Annual administration and progress report of the Indian Medical Department, Bombay
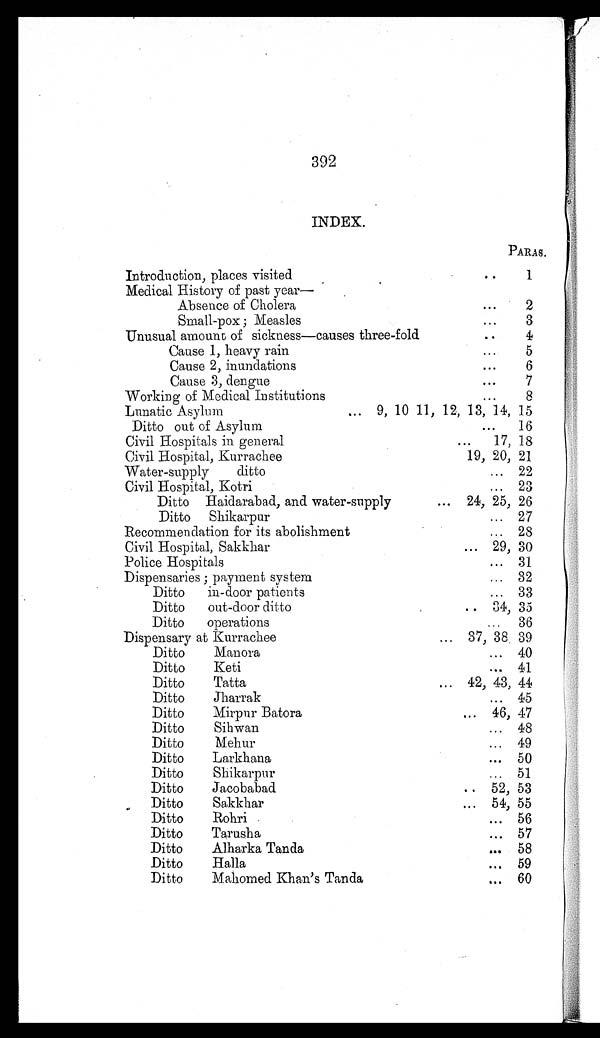
++392
INDEX.
PARAS.
Introduction, places visited . . .
1
Medical History of past year—
Absence of Cholera . . .
2
Small-pox ; Measles . . .
3
Unusual amount of sickness—causes three-fold . . .
4
Cause 1, heavy rain . . .
5
Cause 2, inundations . . .
6
Cause 3, dengue . . .
7
Working of Medical Institutions. . .
8
Lunatic Asylum . . .
9, 10, 11, 12, 13, 14, 15
Ditto out of Asylum . . .
16
Civil Hospitals in general . . .
17, 18
Civil Hospital, Kurrachee
19, 20, 21
Water-supply ditto . . .
22
Civil Hospital, Kotri . . .
23
Ditto Haidarabad, and water-supply . . .
24, 25, 26
Ditto Shikarpur . . .
27
Recommendation for its abolishment . . .
28
Civil Hospital, Sakkhar . . .
29, 30
Police Hospitals . . .
31
Dispensaries ; payment system . . .
32
Ditto in-door patients . . .
33
D i t t o
o u t - d o o r d i t t o . . .
34, 35
Ditto operations . . .
36
Dispensary at Kurrachee . . .
37, 38 . 39
Ditto Manora . . .
40
Ditto
Keti
.
.
.
41
Ditto Tatta . . .
42, 43, 44
Ditto
Jharrak.
.
.
45
Ditto Mirpur Batora . . .
46, 47
Ditto
Sihwan
.
.
.
48
Ditto
Mehur
.
.
.
49
Ditto Larkhana . . .
50
Ditto Shikarpur . . .
51
Ditto Jacobabad . . .
52, 53
Ditto Sakkhar . ..
54, 55
Ditto
Rohri
.
.
.
56
Ditto Tarusha . . .
57
Ditto Alharka Tanda . . .
58
Ditto
Halla
.
.
.
5 9
Ditto Mahomed Khan's Tanda . . .
60